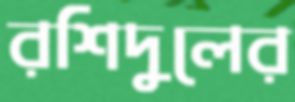
রশিদুলের